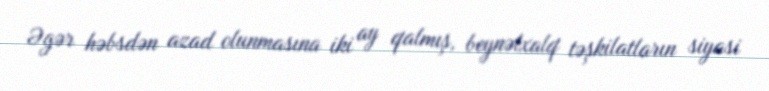
Əgər həbsdən azad olunmasına iki ay qalmış, beynəlxalq təşkilatların siyasi